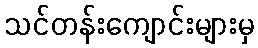
သင်တန်းကျောင်းများမှ